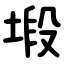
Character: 塅